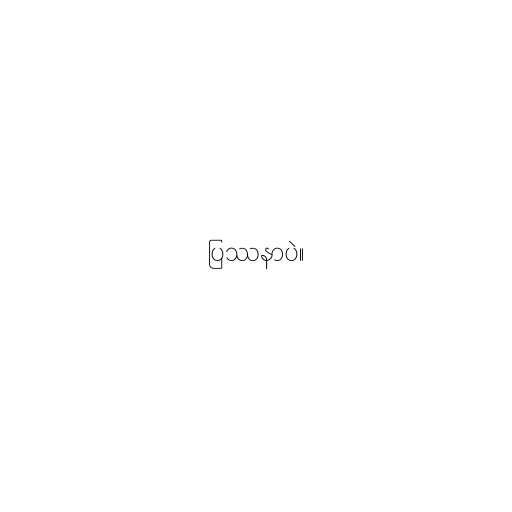
ပြဿနာပဲ။